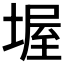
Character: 𡎔